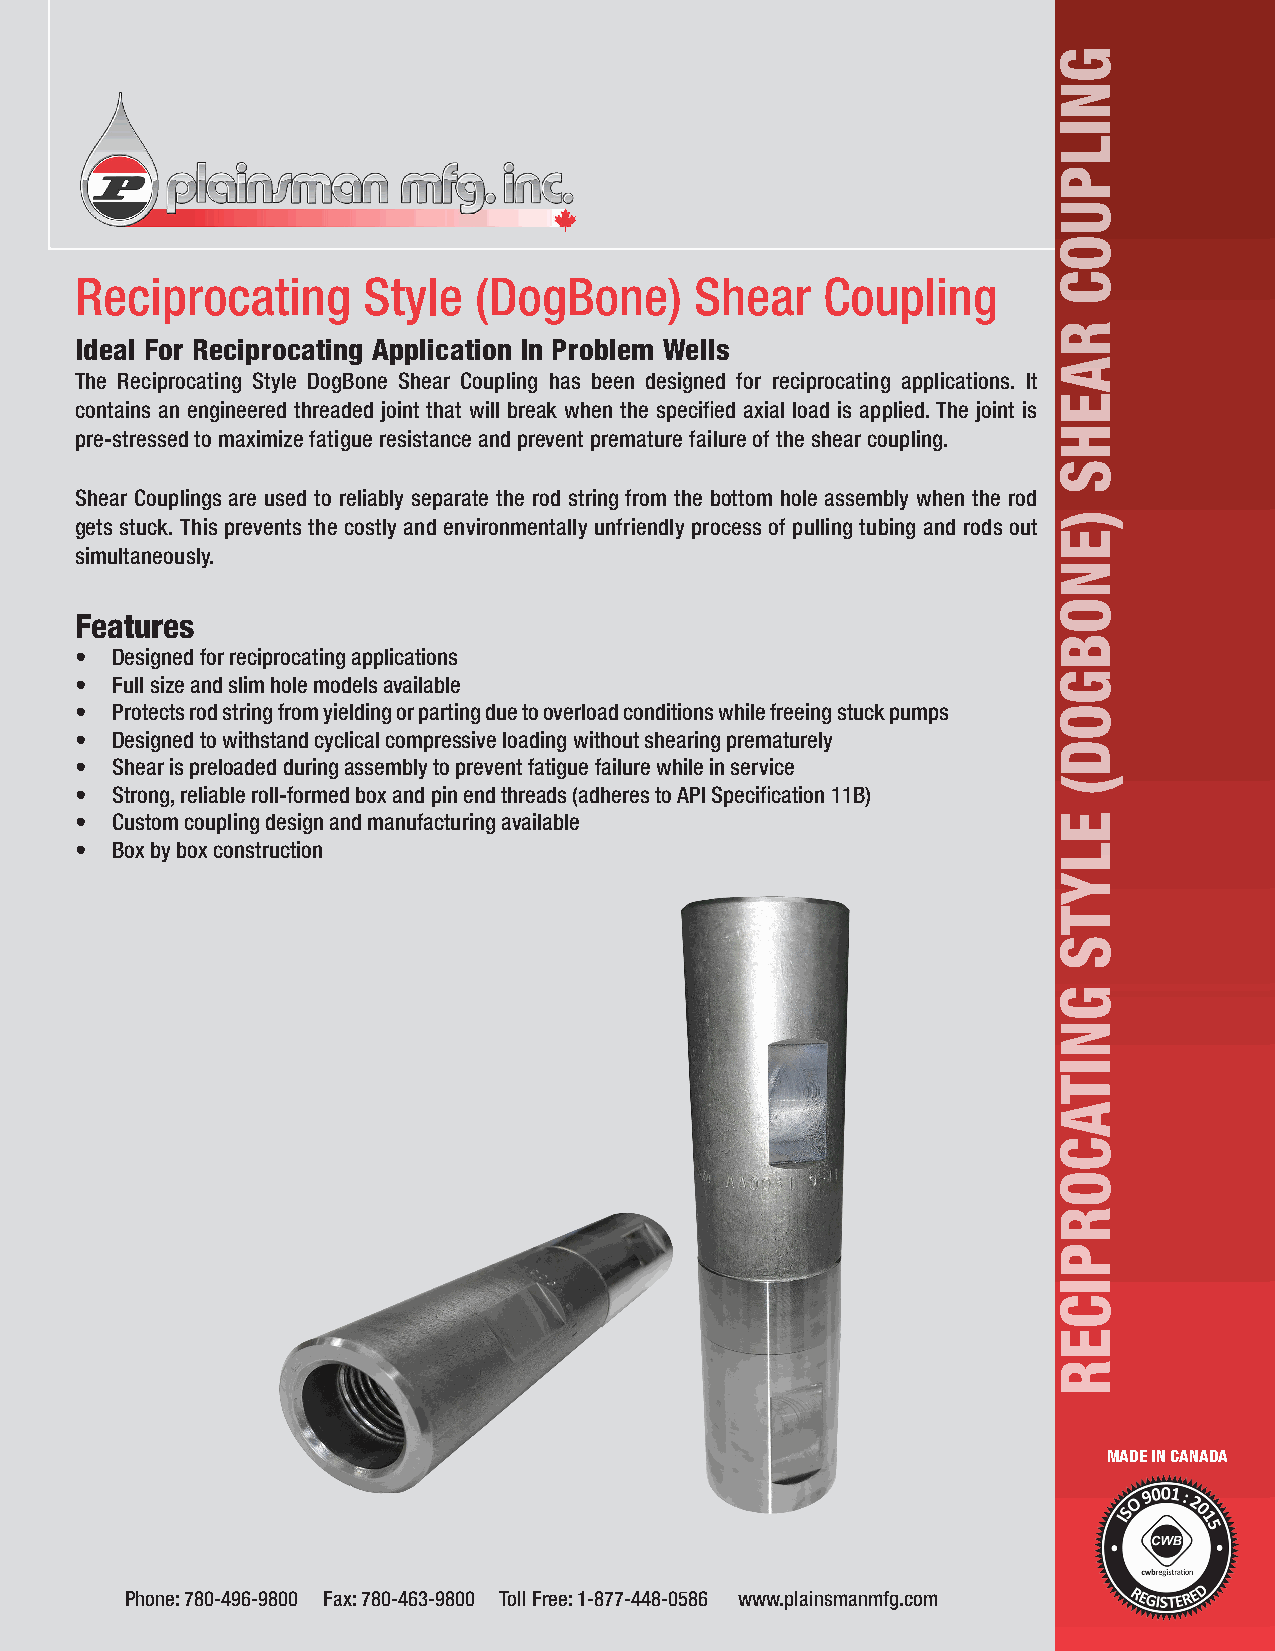
Reciprocating      Style  (DogBone)      Shear    Coupling
 Ideal For Reciprocating Application In Problem Wells
 The Reciprocating Style DogBone Shear Coupling has been designed for reciprocating applications. It
 contains an engineered threaded joint that will break when the specified axial load is applied. The joint is
 pre-stressed to maximize fatigue resistance and prevent premature failure of the shear coupling.
 Shear Couplings are used to reliably separate the rod string from the bottom hole assembly when the rod
 gets stuck. This prevents the costly and environmentally unfriendly process of pulling tubing and rods out
 simultaneously.
 Features
 • Designed for reciprocating applications
 • Full size and slim hole models available
 • Protects rod string from yielding or parting due to overload conditions while freeing stuck pumps
 • Designed to withstand cyclical compressive loading without shearing prematurely
 • Shear is preloaded during assembly to prevent fatigue failure while in service
 • Strong, reliable roll-formed box and pin end threads (adheres to API Specification 11B)
 • Custom coupling design and manufacturing available
 • Box by box construction
 MADE IN CANADA
 Phone: 780-496-9800 Fax: 780-463-9800 Toll Free: 1-877-448-0586 www.plainsmanmfg.com
 GNILPUOC
 RAEHS
 )ENOBGOD(
 ELYTS
 GNITACORPICER